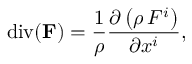
\operatorname { d i v } ( \mathbf { F } ) = { \frac { 1 } { \rho } } { \frac { \partial \left( \rho \, F ^ { i } \right) } { \partial x ^ { i } } } ,